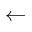
\leftarrow